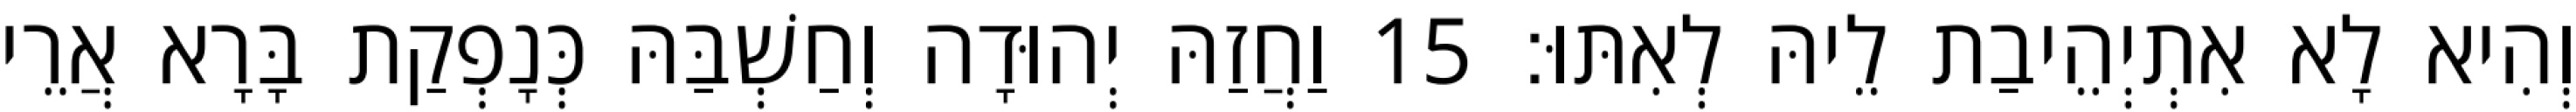
וְהִיא לָא אִתְיְהֵיבַת לֵיהּ לְאִתּוּ׃ 15 וַחֲזַהּ יְהוּדָה וְחַשְׁבַּהּ כְּנָפְקַת בָּרָא אֲרֵי